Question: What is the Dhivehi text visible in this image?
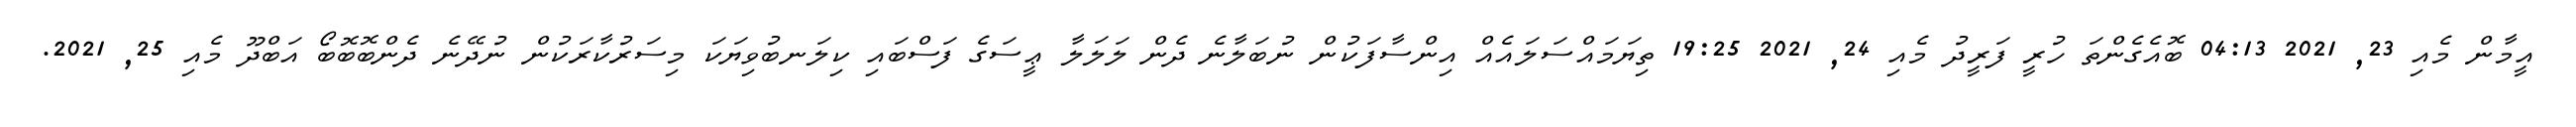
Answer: އީމާން މެއި 23, 2021 04:13 ބޮއެގެންތަ ހުރީ ފަރީދު މެއި 24, 2021 19:25 ތިޔަމައްސަލައެއް އިންސާފަކުން ނުބަލާނެ ދެން ލަލަލާ ޢީސަގެ ފަސްބައި ކިލަނބުވިޔަކަ މިސަރުކާރަކުން ނުދޭނެ ދެންބޮބޮބޯ އަބްދޫ މެއި 25, 2021.